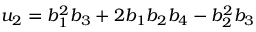
u _ { 2 } = b _ { 1 } ^ { 2 } b _ { 3 } + 2 b _ { 1 } b _ { 2 } b _ { 4 } - b _ { 2 } ^ { 2 } b _ { 3 }